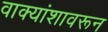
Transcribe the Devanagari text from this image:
वाक्यांशावरून